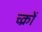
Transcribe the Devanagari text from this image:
च्क्रों